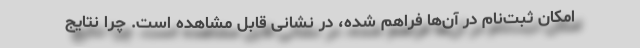
امکان ثبت‌نام در آن‌ها فراهم شده، در نشانی قابل مشاهده‌ است. چرا نتایج